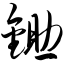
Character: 锄